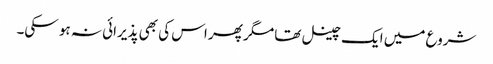
شروع میں ایک چینل تھا مگر پھر اس کی بھی پذیرائی نہ ہو سکی۔